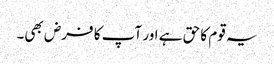
یہ قوم کا حق ہے اور آپ کا فرض بھی۔